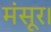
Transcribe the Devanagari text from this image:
मंसूर।